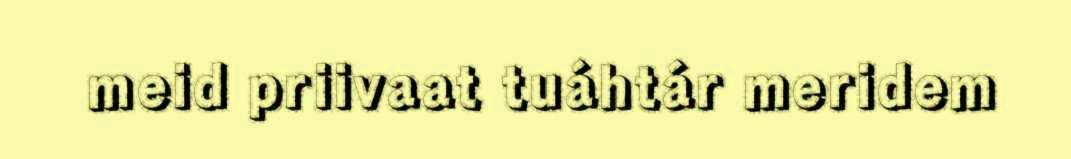
meid priivaat tuáhtár meridem